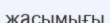
жасымығы